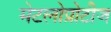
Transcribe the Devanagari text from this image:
मेटलोप्रोटीज